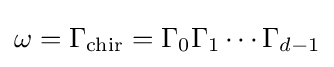
\omega =\Gamma _{\mathrm {chir} }=\Gamma _{0}\Gamma _{1}\cdots \Gamma _{d-1}